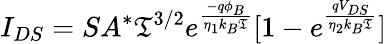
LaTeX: I_{DS}=SA^{*}\mathfrak{T}^{3/2}e^{\frac{{-q\phi_{B}}}{{\eta_{1}k_{B}\mathfrak{T}}}}[1-e^{\frac{{qV_{DS}}}{{\eta_{2}k_{B}\mathfrak{T}}}}]